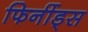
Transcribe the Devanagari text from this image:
फिर्नीड्स